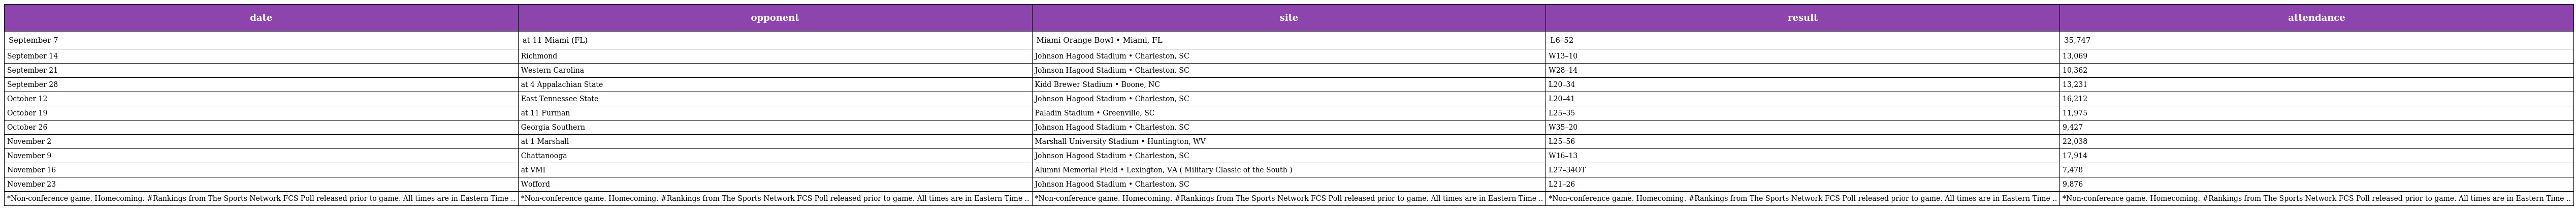
| date | opponent | site | result | attendance |
 | --- | --- | --- | --- | --- |
 | September 7 | at 11 Miami (FL) | Miami Orange Bowl • Miami, FL | L6–52 | 35,747 |
 | September 14 | Richmond | Johnson Hagood Stadium • Charleston, SC | W13–10 | 13,069 |
 | September 21 | Western Carolina | Johnson Hagood Stadium • Charleston, SC | W28–14 | 10,362 |
 | September 28 | at 4 Appalachian State | Kidd Brewer Stadium • Boone, NC | L20–34 | 13,231 |
 | October 12 | East Tennessee State | Johnson Hagood Stadium • Charleston, SC | L20–41 | 16,212 |
 | October 19 | at 11 Furman | Paladin Stadium • Greenville, SC | L25–35 | 11,975 |
 | October 26 | Georgia Southern | Johnson Hagood Stadium • Charleston, SC | W35–20 | 9,427 |
 | November 2 | at 1 Marshall | Marshall University Stadium • Huntington, WV | L25–56 | 22,038 |
 | November 9 | Chattanooga | Johnson Hagood Stadium • Charleston, SC | W16–13 | 17,914 |
 | November 16 | at VMI | Alumni Memorial Field • Lexington, VA ( Military Classic of the South ) | L27–34OT | 7,478 |
 | November 23 | Wofford | Johnson Hagood Stadium • Charleston, SC | L21–26 | 9,876 |
 | *Non-conference game. Homecoming. #Rankings from The Sports Network FCS Poll released prior to game. All times are in Eastern Time .. | *Non-conference game. Homecoming. #Rankings from The Sports Network FCS Poll released prior to game. All times are in Eastern Time .. | *Non-conference game. Homecoming. #Rankings from The Sports Network FCS Poll released prior to game. All times are in Eastern Time .. | *Non-conference game. Homecoming. #Rankings from The Sports Network FCS Poll released prior to game. All times are in Eastern Time .. | *Non-conference game. Homecoming. #Rankings from The Sports Network FCS Poll released prior to game. All times are in Eastern Time .. |